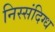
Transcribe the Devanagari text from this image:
निस्संदिग्ध